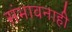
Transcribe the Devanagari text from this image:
संभावनाही